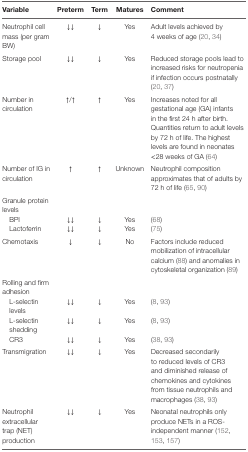
| Variable | Preterm | Term | Matures | Comment |
 | --- | --- | --- | --- | --- |
 | Neutrophil cell mass (per gram BW) | ↓↓ | ↓ | Yes | Adult levels achieved by 4 weeks of age (20, 34) |
 | Storage pool | ↓↓ | ↓ | Yes | Reduced storage pools lead to increased risks for neutropenia if infection occurs postnatally (20, 37) |
 | Number in circulation | ↑/↑ | ↑ | Yes | Increases noted for all gestational age (GA) infants in the first 24 h after birth. Quantities return to adult levels by 72 h of life. The highest levels are found in neonates <28 weeks of GA (64) |
 | Number of IG in circulation | ↑ | ↑ | Unknown | Neutrophil composition approximates that of adults by 72 h of life (65, 90) |
 | Granule protein levels |  |  |  |  |
 | BPI | ↓↓ | ↓ | Yes | (68) |
 | Lactoferrin | ↓↓ | ↓ | Yes | (75) |
 | Chemotaxis | ↓ | ↓ | No | Factors include reduced mobilization of intracellular calcium (88) and anomalies in cytoskeletal organization (89) |
 | Rolling and firm adhesion |  |  |  |  |
 | L-selectin levels | ↓↓ | ↓ | Yes | (8, 93) |
 | L-selectin shedding | ↓↓ | ↓ | Yes | (8, 93) |
 | CR3 | ↓↓ | ↓ | Yes | (38, 93) |
 | Transmigration | ↓↓ | ↓ | Yes | Decreased secondarily to reduced levels of CR3 and diminished release of chemokines and cytokines from tissue neutrophils and macrophages (38, 93) |
 | Neutrophil extracellular trap (NET) production | ↓↓ | ↓ | Yes | Neonatal neutrophils only produce NETs in a ROS-independent manner (152, 153, 157) |